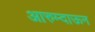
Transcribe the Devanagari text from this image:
आरुम्दाऊन